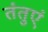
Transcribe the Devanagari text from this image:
तंतुएं